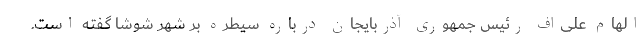
الهام علی‌اف رئیس جمهوری آذربایجان درباره سیطره بر شهر شوشا گفته است.